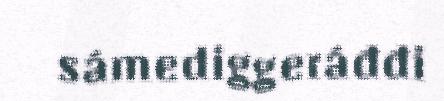
sámediggeráđđi